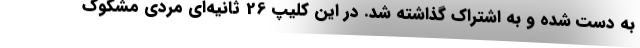
به دست شده و به اشتراک گذاشته شد. در این کلیپ 26 ثانیه‌ای مردی مشکوک